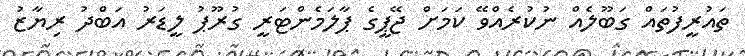
ތައުރީފުތައް ގަބޫލެއް ނުކުރެއްވޭ ކަމަށް ޖޭޕީގެ ޕާލަމެންޓަރީ ގުރޫޕު ލީޑަރު އަބްދު ރިޔާޒު